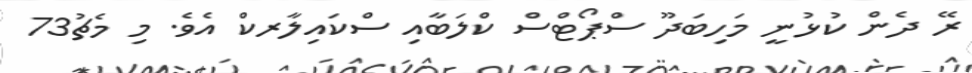
ރޭ ދެން ކުޅުނީ މަހިބަދޫ ސްޕޯޓްސް ކްލަބާއި ސްކައިލާރކް އެވެ. މި މެޗު73